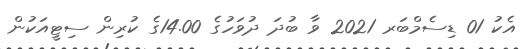
އެކު 01 ޑިސެމްބަރ 2021 ވާ ބުދަ ދުވަހުގެ 14.00ގެ ކުރިން ސިޓީއަކުން